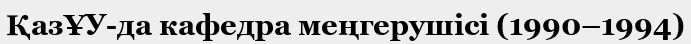
ҚазҰУ-да кафедра меңгерушісі (1990–1994)